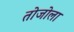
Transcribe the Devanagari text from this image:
तोजोला